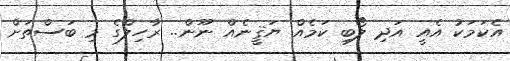
އެކަމަކު އެއީ އަދި ލޯބި ކަމެއް ޔަޤީނެއް ނޫން.. ރާހިލްގެ މި ބަސްތަށް